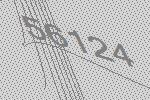
56124